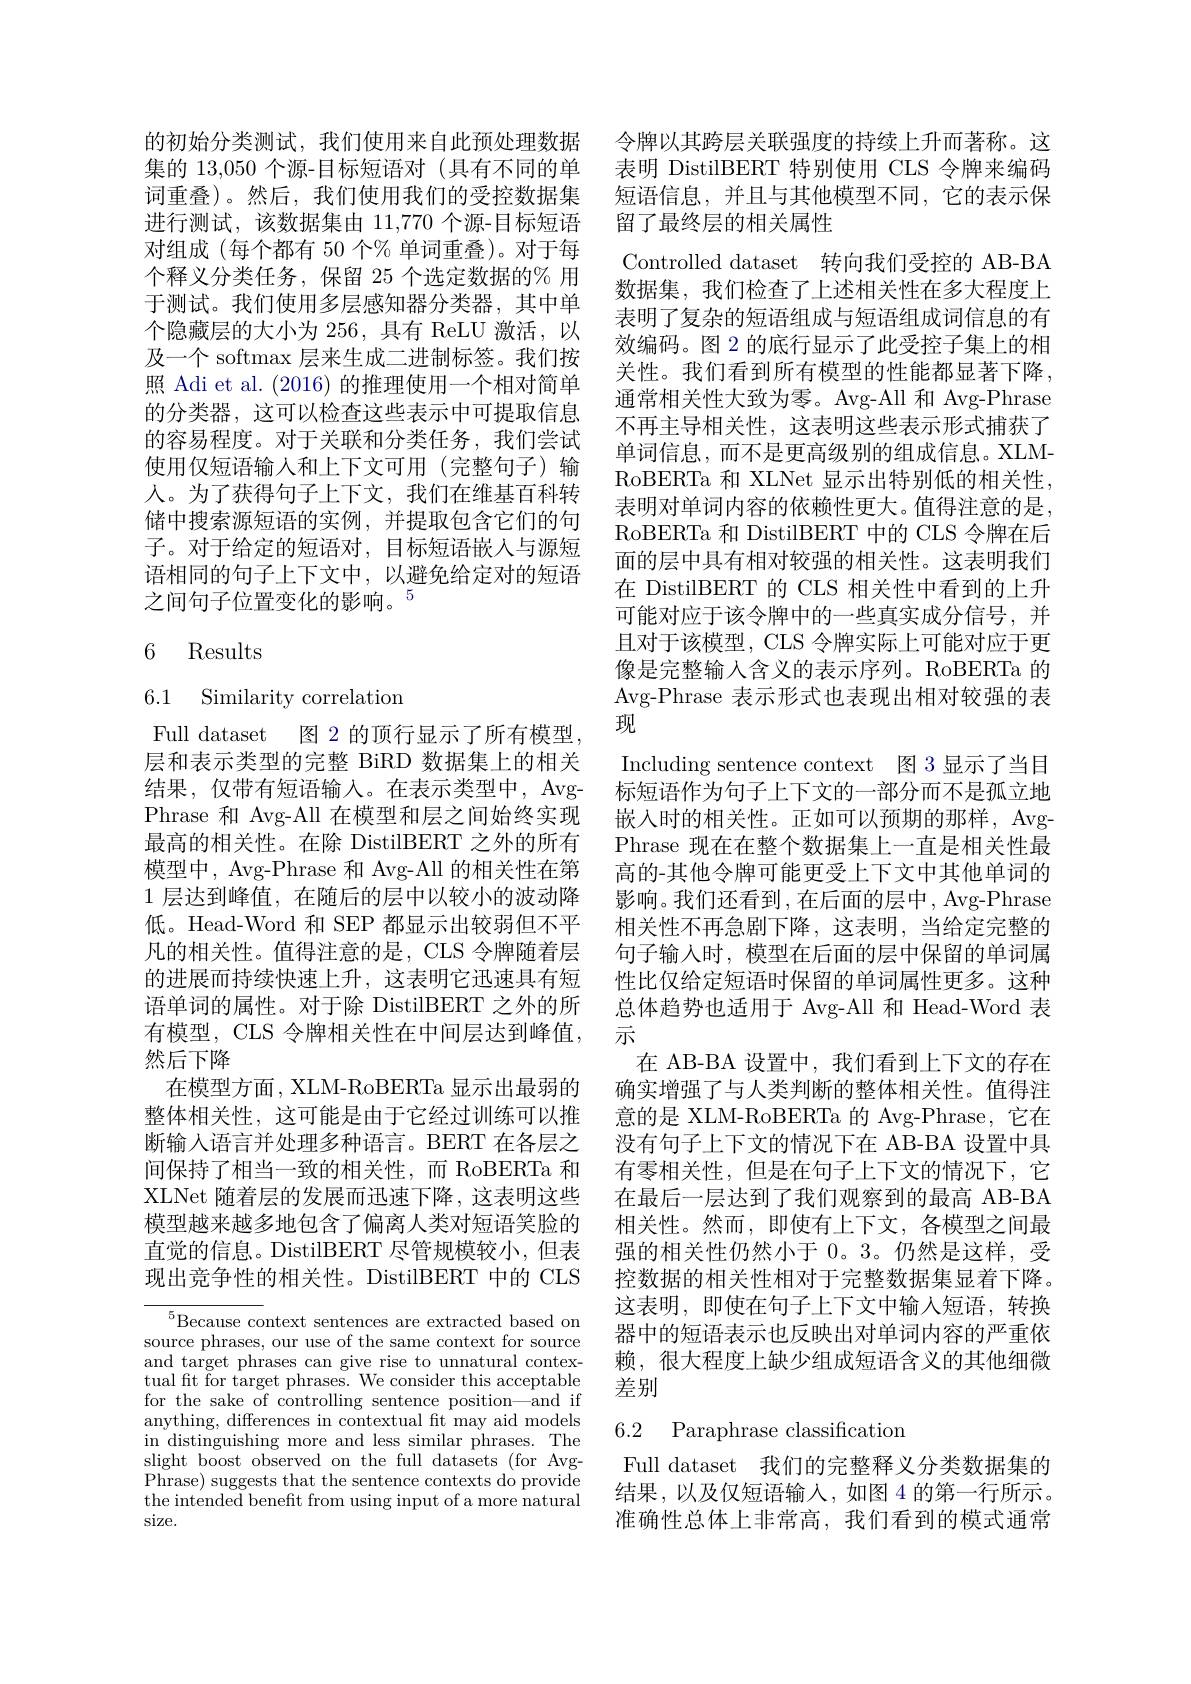
的初始分类测试，我们使用来自此预处理数据 令牌以其跨层关联强度的持续上升而著称。这集的 13,050 个源-目标短语对 (具有不同的单 表明 DistilBERT 特别使用 CLS 令牌来编码词重叠)。然后，我们使用我们的受控数据集 短语信息，并且与其他模型不同，它的表示保进行测试，该数据集由 11,770 个源-目标短语对组成(每个都有 50 个% 单词重叠)。对于每个释义分类任务，保留 25 个选定数据的% 用于测试。我们使用多层感知器分类器，其中单个隐藏层的大小为 256, 具有 ReLU 激活，以及一个 softmax 层来生成二进制标签。我们按照 Adi et al. (2016)的推理使用一个相对简单的分类器，这可以检查这些表示中可提取信息的容易程度。对于关联和分类任务，我们尝试使用仅短语输入和上下文可用(完整句子)输人。为了获得句子上下文，我们在维基百科转储中搜索源短语的实例，并提取包含它们的句子。对于给定的短语对，目标短语嵌入与源短语相同的句子上下文中，以避免给定对的短语之间句子位置变化的影响。$^{5}$
$$\begin{matrix}6&\text{Results}\\\\6.1&\text{Similarity correlation}\end{matrix}$$
Full dataset 图 2 的顶行显示了所有模型层和表示类型的完整 BiRD 数据集上的相关结果，仅带有短语输入。在表示类型中，AvgPhrase 和 Avg-All 在模型和层之间始终实现最高的相关性。在除 DistilBERT 之外的所有模型中，Avg-Phrase 和 Avg-All 的相关性在第1 层达到峰值，在随后的层中以较小的波动降低。Head-Word 和 SEP 都显示出较弱但不平凡的相关性。值得注意的是，CLS 令牌随着层的进展而持续快速上升，这表明它迅速具有短语单词的属性。对于除 DistilBERT 之外的所有模型，CLS 令牌相关性在中间层达到峰值， 然后下降
在模型方面，XLM-RoBERTa 显示出最弱的整体相关性，这可能是由于它经过训练可以推断输入语言并处理多种语言。BERT 在各层之间保持了相当一致的相关性，而 RoBERTa 和XLNet 随着层的发展而迅速下降，这表明这些模型越来越多地包含了偏离人类对短语笑脸的直觉的信息。DistilBERT 尽管规模较小，但表现出竞争性的相关性。DistilBERT 中的 CLS

$^{5}$Because context sentences are extracted based on source phrases, our use of the same context for source and target phrases can give rise to unnatural contextual ft for target phrases. for the sake of controlling sentence position—and if anything, differences in con in distinguishing more and less similar phrases. The slight boost observed on the Phrase) suggests that the se the intended benefit from us size.

留了最终层的相关属性
Controlled dataset 转向我们受控的 A 数据集，我们检查了上述相关性在多大程度上表明了复杂的短语组成与短语组成词信息的有效编码。图 2 的底行显示了此受控子集上的相关性。我们看到所有模型的性能都显著下降， 通常相关性大致为零。Avg-All 和 Avg-Phra 不再主导相关性，这表明这些表示形式捕获了单词信息，而不是更高级别的组成信息。XLMRoBERTa 和 XLNet 显示出特别低的相关性， 表明对单词内容的依赖性更大。值得注意的是RoBERTa 和 DistilBERT 中的 CLS 令牌在后面的层中具有相对较强的相关性。这表明我们在 DistilBERT 的 CLS 相关性中看到的上升可能对应于该令牌中的一些真实成分信号，并且对于该模型，CLS 令牌实际上可能对应于更像是完整输入含义的表示序列。RoBERTa 的Avg-Phrase 表示形式也表现出相对较强的表现
Including sentence context 图 3 显示了当目标短语作为句子上下文的一部分而不是孤立地嵌入时的相关性。正如可以预期的那样，AvgPhrase 现在在整个数据集上一直是相关性最高的-其他令牌可能更受上下文中其他单词的影响。我们还看到，在后面的层中，Avg-Phrase 相关性不再急剧下降，这表明，当给定完整的句子输入时，模型在后面的层中保留的单词属性比仅给定短语时保留的单词属性更多。这种总体趋势也适用于 Avg-All 和 Head-Word 表示
在 AB-BA 设置中，我们看到上下文的存在确实增强了与人类判断的整体相关性。值得注意的是 XLM-RoBERTa 的 Avg-Phrase, 它在没有句子上下文的情况下在 AB-BA 设置中具有零相关性，但是在句子上下文的情况下，它在最后一层达到了我们观察到的最高 AB-BA 相关性。然而，即使有上下文，各模型之间最强的相关性仍然小于 0。3。仍然是这样，受控数据的相关性相对于完整数据集显着下降。这表明，即使在句子上下文中输入短语，转换器中的短语表示也反映出对单词内容的严重依赖，很大程度上缺少组成短语含义的其他细微差别

## 6.2 Paraphrase classification

Full dataset 我们的完整释义分类数据集的结果，以及仅短语输入，如图 4 的第一行所示。准确性总体上非常高，我们看到的模式通常